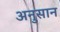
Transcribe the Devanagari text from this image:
अनुसान